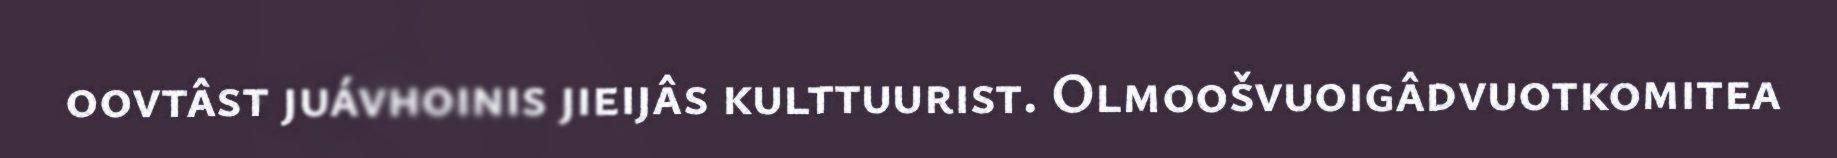
oovtâst juávhoinis jieijâs kulttuurist. Olmoošvuoigâdvuotkomitea